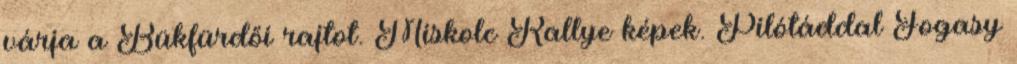
várja a Bükfürdői rajtot. Miskolc Rallye képek. Pilótáddal Fogasy